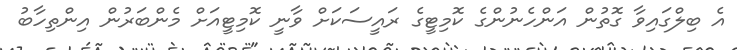
އެ ބިލްގައިވާ ގޮތުން އަންހެނުންގެ ކޮމިޓީގެ ރައީސަކަށް ވާނީ ކޮމިޓީއަށް މެންބަރުން އިންތިހާބު